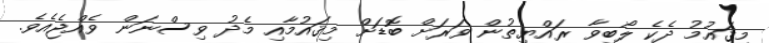
މިޤައުމު ދެކެ ލޯބިވާ ރައްޔިތުން ވަރަށް ބޮޑަށް މިޤައުމާއި މެދު ވިސްނަން ވެއްޖެއެވެ.